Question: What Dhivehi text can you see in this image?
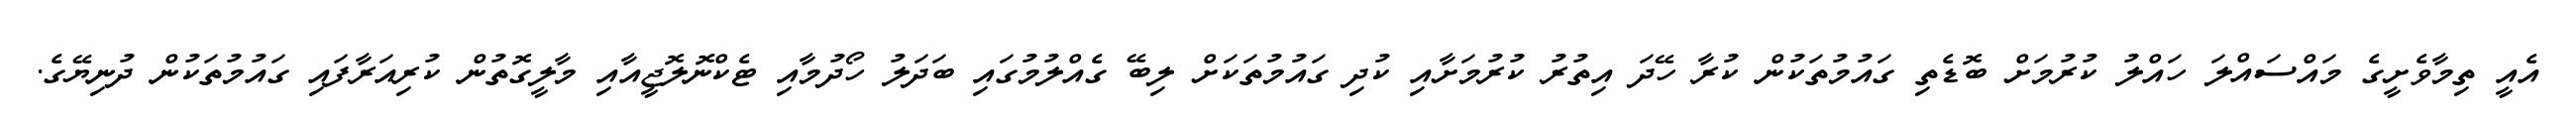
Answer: އެއީ ތިމާވެށީގެ މައްސައްލަ ހައްލު ކުރުމަށް ބޮޑެތި ގައުމުތަކުން ކުރާ ހޭދަ އިތުރު ކުރުމަށާއި ކުދި ގައުމުތަކަށް ލިބޭ ގެއްލުމުގައި ބަދަލު ހޯދުމާއި ޓެކްނޮލޮޖީއާއި މާލީގޮތުން ކުރިއަރާފައި ގައުމުތަކުން ދުނިޔޭގެ.